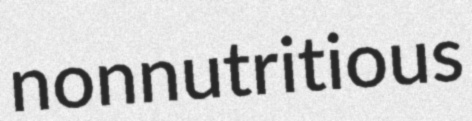
nonnutritious